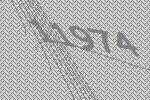
11974